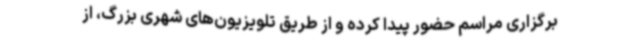
برگزاری مراسم حضور پیدا کرده و از طریق تلویزیون‌های شهری بزرگ، از